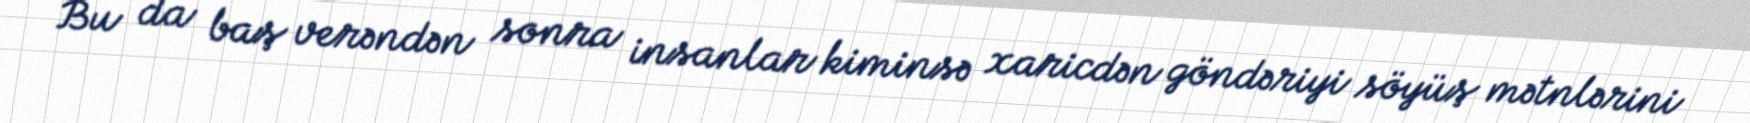
Bu da baş verəndən sonra insanlar kiminsə xaricdən göndəriyi söyüş mətnlərini